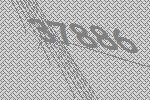
37886